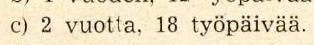
C) 2 vuotta, 18 työpäivää.